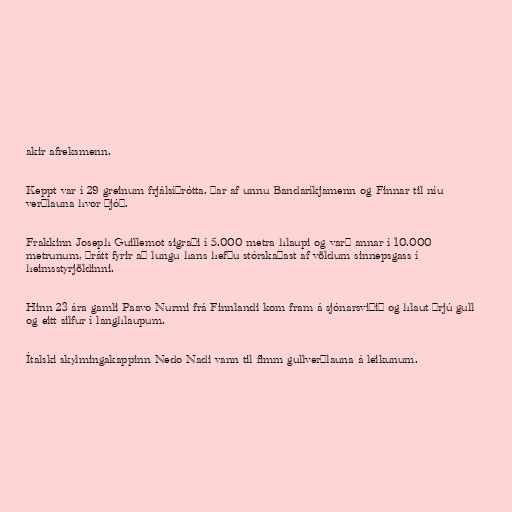
akir afreksmenn.

Keppt var í 29 greinum frjálsíþrótta. Þar af unnu Bandaríkjamenn og Finnar til níu
verðlauna hvor þjóð.

Frakkinn Joseph Guillemot sigraði í 5.000 metra hlaupi og varð annar í 10.000
metrunum, þrátt fyrir að lungu hans hefðu stórskaðast af völdum sinnepsgass í
heimsstyrjöldinni.

Hinn 23 ára gamli Paavo Nurmi frá Finnlandi kom fram á sjónarsviðið og hlaut þrjú gull
og eitt silfur í langhlaupum.

Ítalski skylmingakappinn Nedo Nadi vann til fimm gullverðlauna á leikunum.